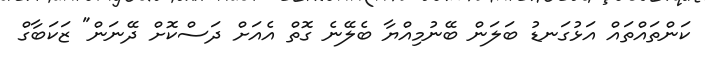
ކަންތައްތައް އަޅުގަނޑު ބަލަން ބޭނުމިއްޔާ ބެލޭނެ ގޮތް އެއަށް ދަސްކޮށް ދޭނަަން" ޒަކަބާގް